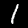
Digit: 1